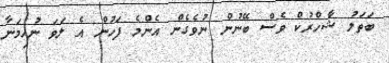
ބަތަލު ޝާހްރުކް ވެސް ބޭނުން ނުވެގެން އެންމެ ފަހުން އެ ލަވަ ނުހިމަނާ